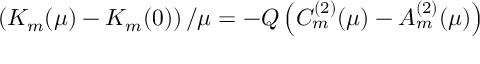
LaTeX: \left( K _ { m } ( \mu ) - K _ { m } ( 0 ) \right) / \mu = - Q \left( C _ { m } ^ { ( 2 ) } ( \mu ) - A _ { m } ^ { ( 2 ) } ( \mu ) \right)